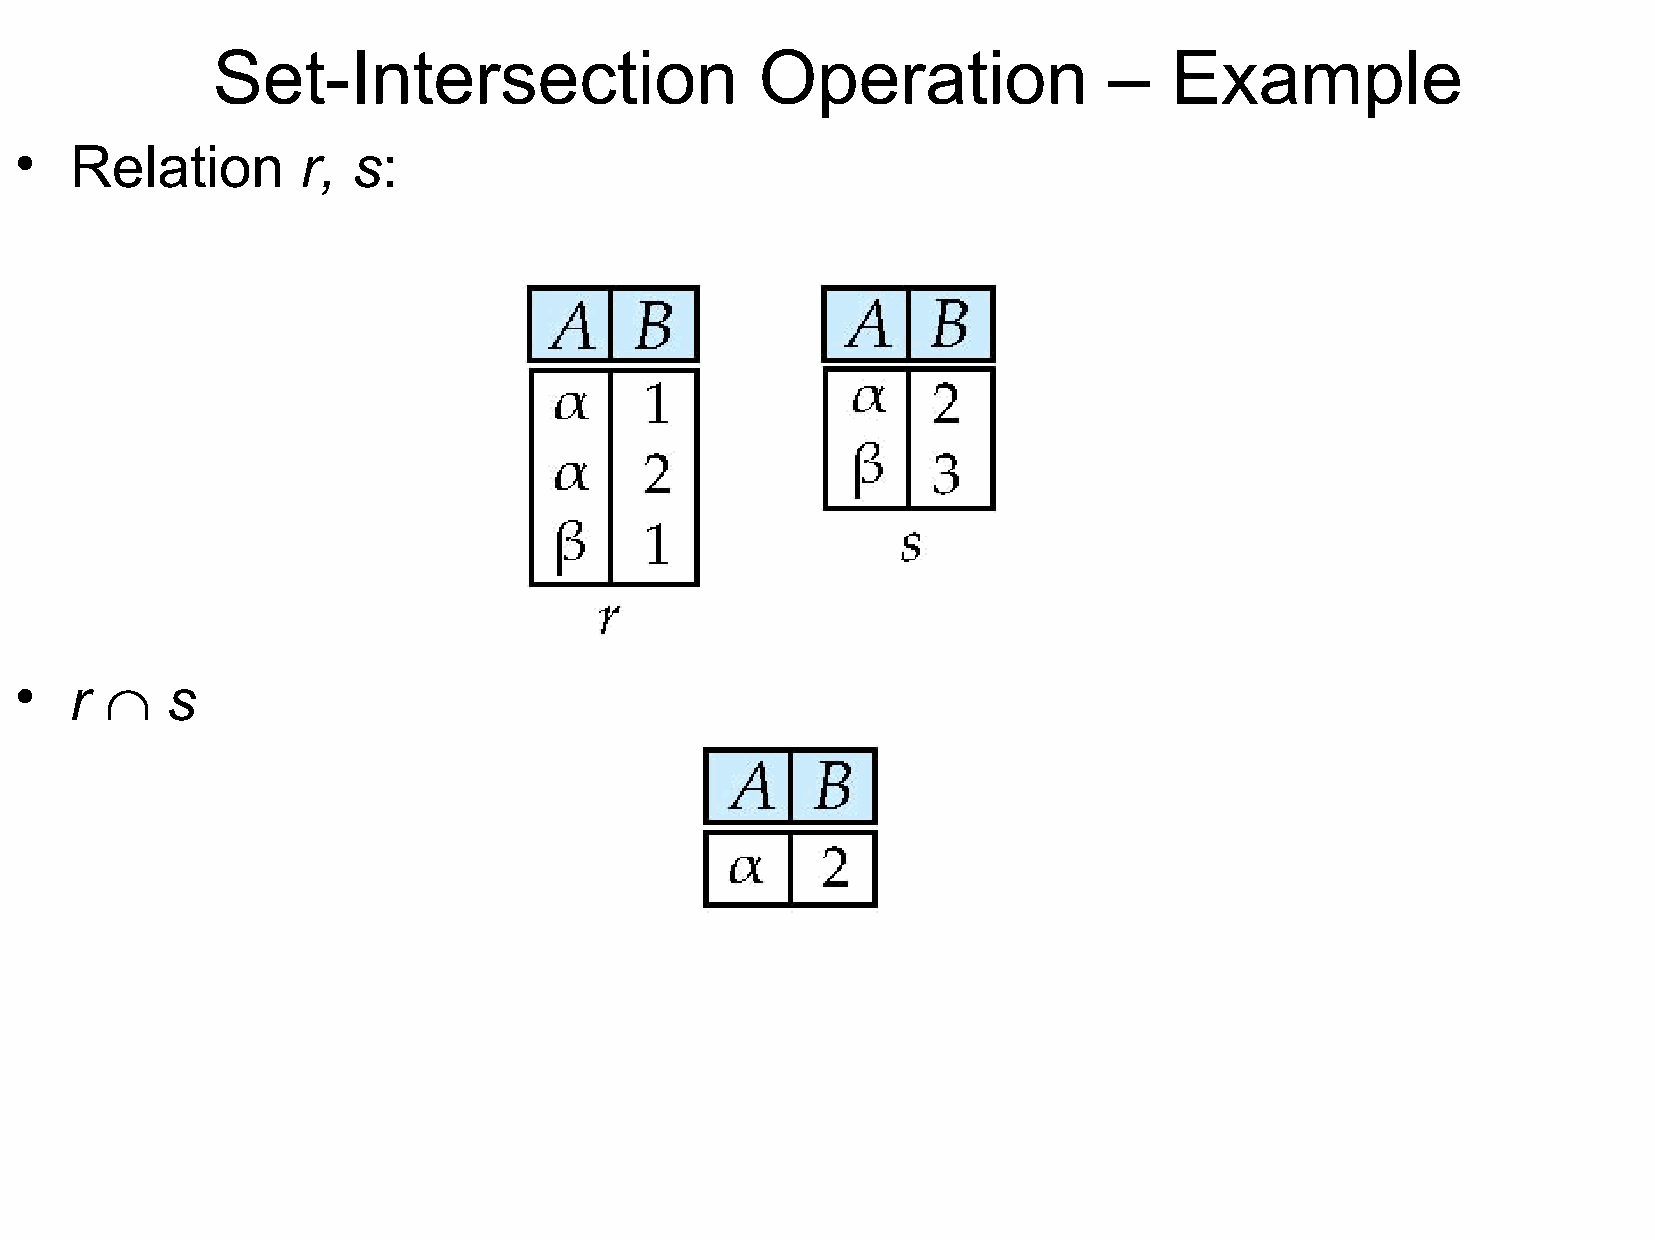
Set-Intersection                    Operation              –    Example
 •   Relation       r, s:
 ˙
 •   r     s